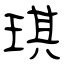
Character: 琪